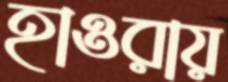
হাওরায়